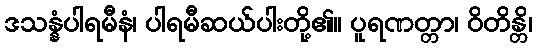
ဒသန္နံပါရမီနံ၊ ပါရမီဆယ်ပါးတို့၏။ ပူရဏတ္တာ၊ ဝိတိန္တိ၊